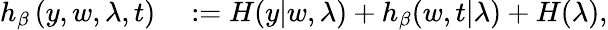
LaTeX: \begin{array}{rl}{h_{\beta}\left(y,w,\lambda,t\right)}&{{}:=H(y|w,\lambda)+h_{\beta}(w,t|\lambda)+H(\lambda),}\end{array}